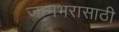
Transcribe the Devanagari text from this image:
जन्मभरासाठी